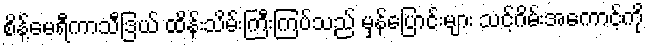
စိန့်မေရီကာသီဒြယ် ထိန်းသိမ်းကြီးကြပ်သည် မှန်ပြောင်းများ သင့်ဂိမ်းအကောင့်ကို